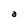
Character: a